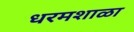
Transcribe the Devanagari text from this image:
धरमशाळा